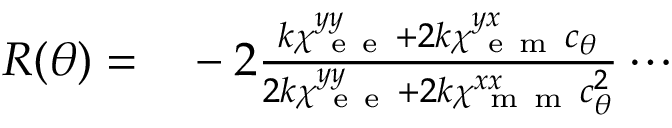
\begin{array} { r l } { R ( \theta ) = } & { { } - 2 \frac { k \chi _ { \mathrm { ~ e ~ e ~ } } ^ { y y } + 2 k \chi _ { \mathrm { ~ e ~ m ~ } } ^ { y x } c _ { \theta } } { 2 k \chi _ { \mathrm { ~ e ~ e ~ } } ^ { y y } + 2 k \chi _ { \mathrm { ~ m ~ m ~ } } ^ { x x } c _ { \theta } ^ { 2 } } \cdots } \end{array}